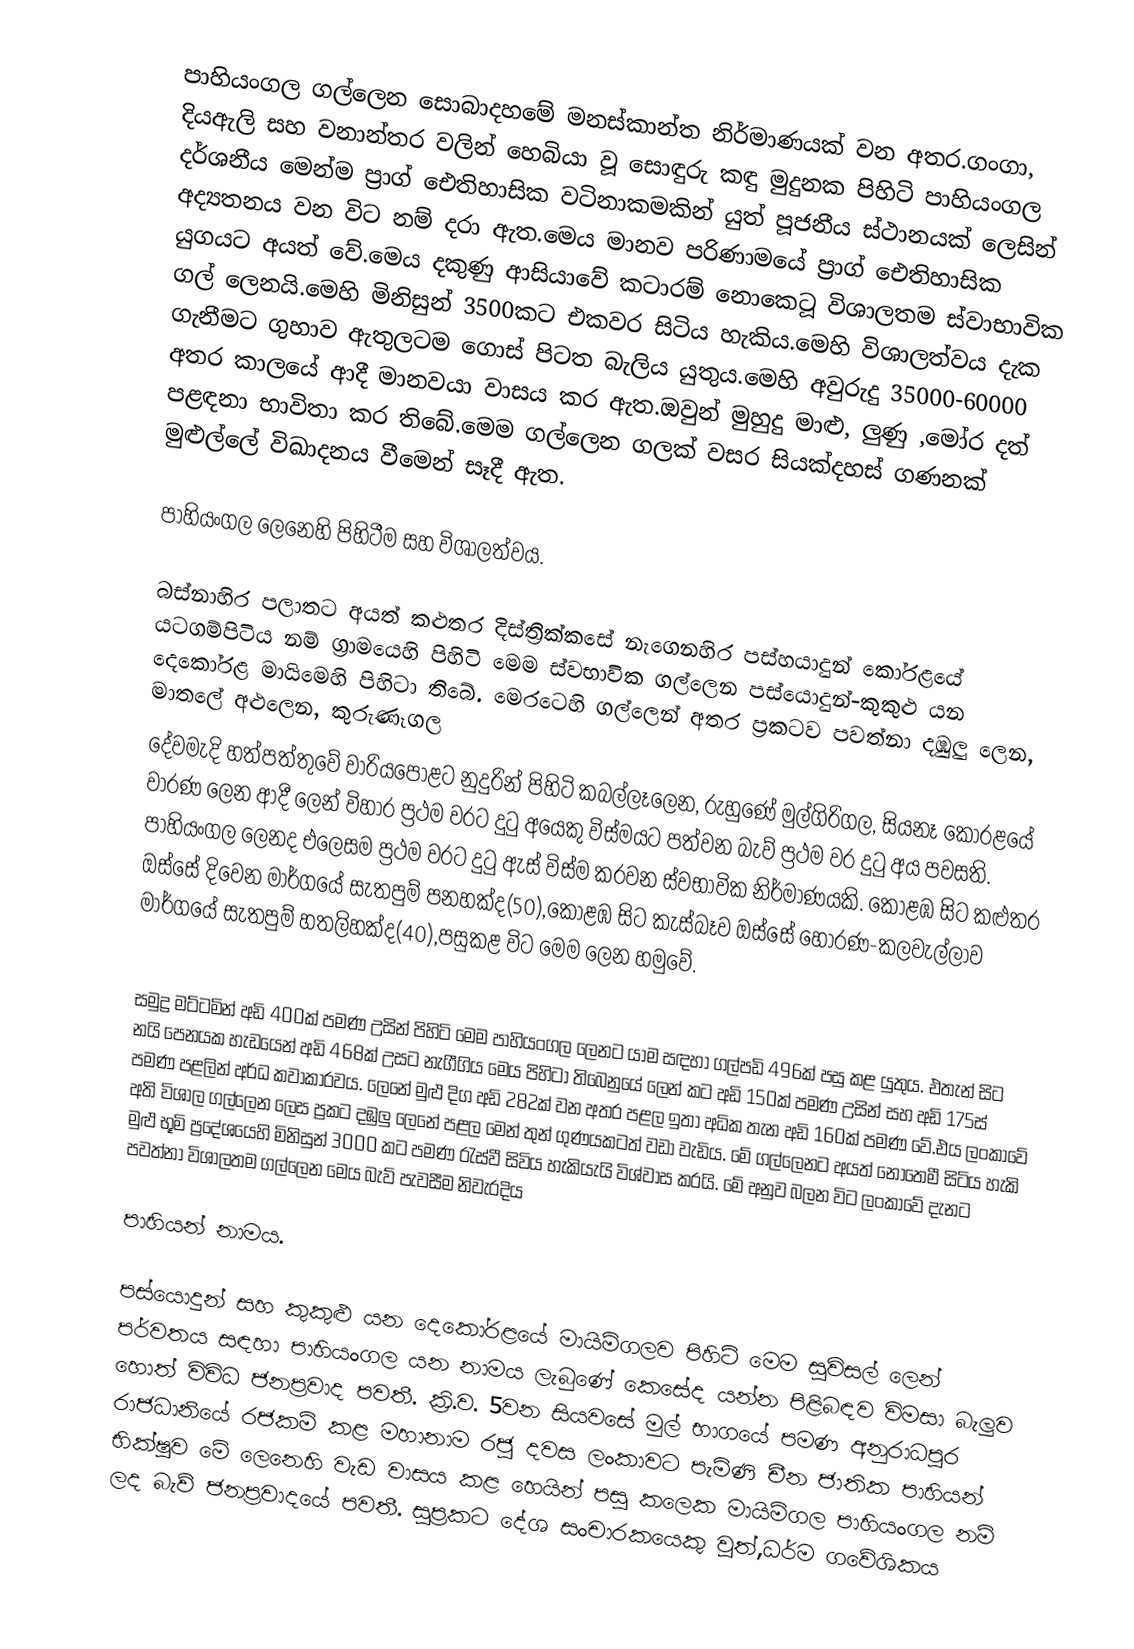
පාහියංගල ගල්ලෙන සොබාදහමේ මනස්කාන්ත නිර්මාණයක් වන අතර.ගංගා, දියඇලි සහ වනාන්තර වලින් හෙබියා වූ සොඳුරු කඳු මුදුනක පිහිටි පාහියංගල දර්ශනීය මෙන්ම ප්‍රාග් ඓතිහාසික වටිනාකමකින් යුත් පූජනීය ස්ථානයක් ලෙසින් අද්‍යතනය වන විට නම් දරා ඇත.මෙය මානව පරිණාමයේ ප්‍රාග් ඓතිහාසික යුගයට අයත් වේ.මෙය දකුණු ආසියාවේ කටාරම් නොකෙටූ විශාලතම ස්වාභාවික ගල් ලෙනයි.මෙහි මිනිසුන් 3500කට එකවර සිටිය හැකිය.මෙහි විශාලත්වය දැක ගැනීමට ගුහාව ඇතුලටම ගොස් පිටත බැලිය යුතුය.මෙහි අවුරුදු 35000-60000 අතර කාලයේ ආදී මානවයා වාසය කර ඇත.ඔවුන් මුහුදු මාළු, ලුණු ,මෝර දත් පළඳනා භාවිතා කර තිබේ.මෙම ගල්ලෙන ගලක් වසර සියක්දහස් ගණනක් මුළුල්ලේ විඛාදනය වීමෙන් සෑදී ඇත.

පාහියංගල ලෙනෙහි පිහිටීම සහ විශාලත්වය.

බස්නාහිර පලාතට අයත් කළුතර දිස්ත්‍රික්කසේ නැගෙනහිර පස්හයාදුන් කෝරළයේ යටගම්පිටිය නම් ග්‍රාමයෙහි පිහිටි මෙම ස්වභාවික ගල්ලෙන පස්යොදුන්-කුකුළු යන දෙකෝරළ මායිමෙහි පිහිටා තිබේ. මෙරටෙහි ගල්ලෙන් අතර ප්‍රකටව පවත්නා දඹුලු ලෙන, මාතලේ අළුලෙන, කුරුණෑගල
දේවමැදි  හත්පත්තුවේ වාරියපොළට නුදුරින් පිහිටි කබල්ලෑලෙන, රුහුණේ මුල්ගිරිගල, සියනෑ කෝරළයේ වාරණ ලෙන ආදී ලෙන් විහාර ප්‍රථම වරට දුටු අයෙකු විස්මයට පත්වන බැව් ප්‍රථම වර  දුටු අය පවසති. පාහියංගල ලෙනද එලෙසම ප්‍රථම වරට දුටු ඇස් විස්ම කරවන ස්වභාවික නිර්මාණයකි. කොළඹ සිට කළුතර ඔස්සේ දිවෙන මාර්ගයේ සැතපුම් පනහක්ද(50),කොළඹ සිට කැස්බෑව ඔස්සේ හොරණ-කලවැල්ලාව මාර්ගයේ සැතපුම් හතලිහක්ද(40),පසුකළ විට මෙම ලෙන හමුවේ.

සමුද්‍ර මට්ටමින් අඩි 400ක් පමණ උසින් පිහිටි මෙම පාහියංගල ලෙනට යාම සඳහා ගල්පඩි 496ක් පසු කළ යුතුය. එතැන් සිට නයි පෙනයක හැඩයෙන් අඩි 468ක් උසට නැගීගිය මෙය පිහිටා තිබෙනුයේ ලෙන් කට අඩි 150ක් පමණ උසින් සහ අඩි 175ස් පමණ පළලින් අර්ධ කවාකාරවය. ලෙනේ මුළු දිග අඩි 282ක් වන අතර පළල ඉතා අධික තැන අඩි 160ක් පමණ වේ.එය ලංකාවේ  අති විශාල ගල්ලෙන ලෙස ප්‍රකට දඹුලු ලෙනේ පළල මෙන් තුන් ගුණයකටත් වඩා වැඩිය. මේ ගල්ලෙනට අයත් නොතෙමී සිටිය හැකි මුළු භූමි ප්‍රදේශයෙහි මිනිසුන් 3000 කට පමණ රැස්වී සිවිය හැකියැයි විශ්වාස කරයි.‍ මේ අනුව බලන විට ලංකාවේ දැනට පවත්නා විශාලතම ගල්ලෙන මෙය බැව් පැවසීම නිවැරදිය

පාහියන් නාමය.

පස්යොදුන් සහ කුකුළු යන දෙකෝරළයේ මායිම්ගලව පිහිටි මෙම සුවිසල් ලෙන් පර්වතය සඳහා පාහියංගල යන නාමය ලැබුණේ කෙසේද යන්න පිළිබඳව විමසා බැලුව හොත් විවිධ ජනප්‍රවාද පවතී. ක්‍රි.ව. 5වන සියවසේ මුල් භාගයේ පමණ අනුරාධපුර රාජධානියේ රජකම් කළ මහානාම රජු දවස ලංකාවට පැමිණි චීන ජාතික පාහියන් භික්ෂුව මේ ලෙනෙහි වැඩ වාසය කළ හෙයින් පසු කලෙක මායිම්ගල පාහියංගල නම් ලද බැව් ජනප්‍රවාදයේ පවතී. සුප්‍රකට දේශ සංචාරකයෙකු වූත්,ධර්ම ගවේශිකය